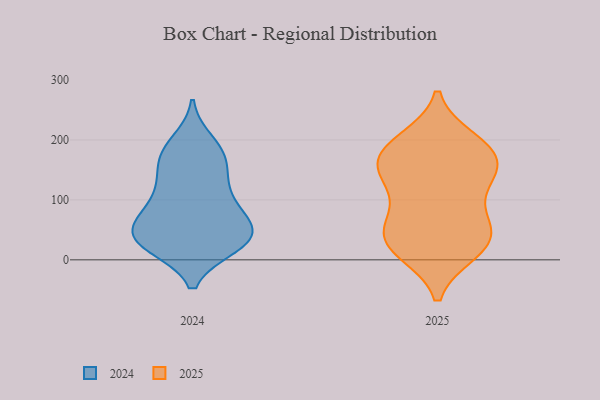
{"axis": {"x": "Energy Usage (MWh)", "y": "Value"}, "legend": ["2024", "2025"], "data": [{"x": "", "y": 35, "type": "2024"}, {"x": "", "y": 29, "type": "2024"}, {"x": "", "y": 31, "type": "2024"}, {"x": "", "y": 67, "type": "2024"}, {"x": "", "y": 175, "type": "2024"}, {"x": "", "y": 121, "type": "2024"}, {"x": "", "y": 181, "type": "2024"}, {"x": "", "y": 23, "type": "2024"}, {"x": "", "y": 84, "type": "2024"}, {"x": "", "y": 49, "type": "2024"}, {"x": "", "y": 31, "type": "2024"}, {"x": "", "y": 100, "type": "2024"}, {"x": "", "y": 151, "type": "2024"}, {"x": "", "y": 119, "type": "2024"}, {"x": "", "y": 63, "type": "2024"}, {"x": "", "y": 25, "type": "2024"}, {"x": "", "y": 196, "type": "2024"}, {"x": "", "y": 58, "type": "2024"}, {"x": "", "y": 167, "type": "2024"}, {"x": "", "y": 192, "type": "2025"}, {"x": "", "y": 200, "type": "2025"}, {"x": "", "y": 51, "type": "2025"}, {"x": "", "y": 155, "type": "2025"}, {"x": "", "y": 65, "type": "2025"}, {"x": "", "y": 13, "type": "2025"}, {"x": "", "y": 16, "type": "2025"}, {"x": "", "y": 34, "type": "2025"}, {"x": "", "y": 67, "type": "2025"}, {"x": "", "y": 155, "type": "2025"}, {"x": "", "y": 45, "type": "2025"}, {"x": "", "y": 115, "type": "2025"}, {"x": "", "y": 177, "type": "2025"}, {"x": "", "y": 131, "type": "2025"}, {"x": "", "y": 137, "type": "2025"}, {"x": "", "y": 192, "type": "2025"}, {"x": "", "y": 17, "type": "2025"}, {"x": "", "y": 165, "type": "2025"}]}